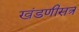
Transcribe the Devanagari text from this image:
खंडणीसत्र